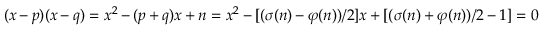
( x - p ) ( x - q ) = x ^ { 2 } - ( p + q ) x + n = x ^ { 2 } - [ ( \sigma ( n ) - \varphi ( n ) ) / 2 ] x + [ ( \sigma ( n ) + \varphi ( n ) ) / 2 - 1 ] = 0